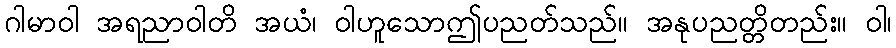
ဂါမာဝါ အရညာဝါတိ အယံ၊ ဝါဟူသောဤပညတ်သည်။ အနုပညတ္တိတည်း။ ဝါ၊